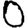
Digit: 0